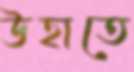
উহাতে